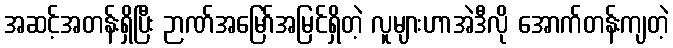
အဆင့်အတန်းရှိပြီး ဉာဏ်အမြော်အမြင်ရှိတဲ့ လူများဟာအဲဒီလို အောက်တန်းကျတဲ့